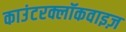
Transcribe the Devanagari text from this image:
काउंटरक्लॉकवाइज़